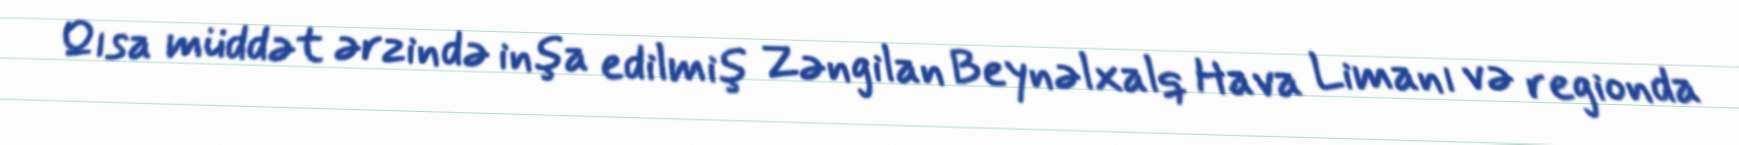
Qısa müddət ərzində inşa edilmiş Zəngilan Beynəlxalq Hava Limanı və regionda